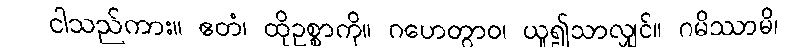
ငါသည်ကား။ ဧတံ၊ ထိုဥစ္စာကို။ ဂဟေတွာဝ၊ ယူ၍သာလျှင်။ ဂမိဿာမိ၊